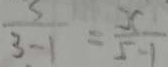
\frac { 5 } { 3 - 1 } = \frac { x } { 5 - 1 }